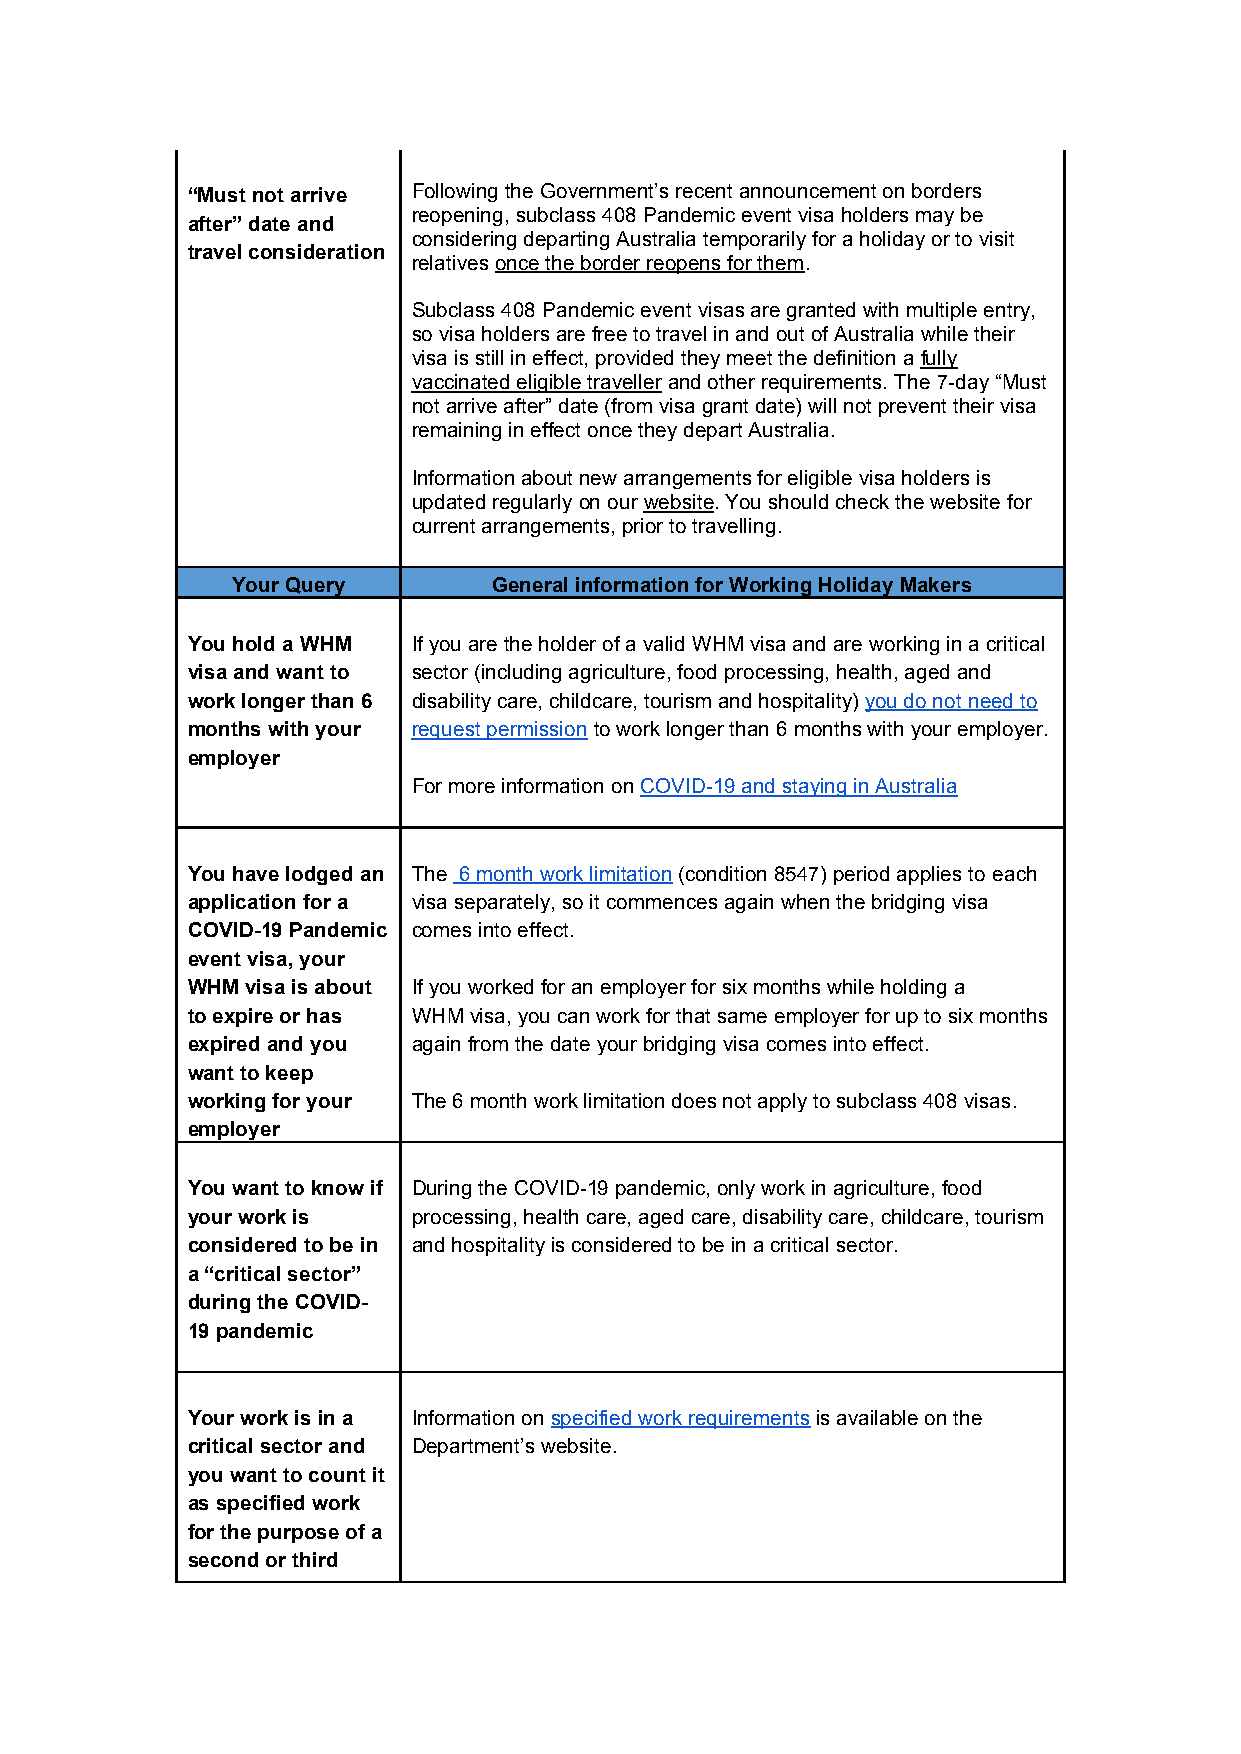
“Must not arrive Following the Government’s recent announcement on borders
 reopening, subclass 408 Pandemic event visa holders may be
 after” date and
 considering departing Australia temporarily for a holiday or to visit
 travel consideration
 relatives once the border reopens for them.
 Subclass 408 Pandemic event visas are granted with multiple entry,
 so visa holders are free to travel in and out of Australia while their
 visa is still in effect, provided they meet the definition a fully
 vaccinated eligible traveller and other requirements. The 7-day “Must
 not arrive after” date (from visa grant date) will not prevent their visa
 remaining in effect once they depart Australia.
 Information about new arrangements for eligible visa holders is
 updated regularly on our website. You should check the website for
 current arrangements, prior to travelling.
 Your Query        General information for Working Holiday Makers
 You hold a WHM If you are the holder of a valid WHM visa and are working in a critical
 visa and want to sector (including agriculture, food processing, health, aged and
 work longer than 6 disability care, childcare, tourism and hospitality) you do not need to
 months with your request permission to work longer than 6 months with your employer.
 employer
 For more information on COVID-19 and staying in Australia
 You have lodged an The 6 month work limitation (condition 8547) period applies to each
 application for a visa separately, so it commences again when the bridging visa
 COVID-19 Pandemic comes into effect.
 event visa, your
 WHM visa is about If you worked for an employer for six months while holding a
 to expire or has WHM visa, you can work for that same employer for up to six months
 expired and you again from the date your bridging visa comes into effect.
 want to keep
 working for your The 6 month work limitation does not apply to subclass 408 visas.
 employer
 You want to know if During the COVID-19 pandemic, only work in agriculture, food
 your work is   processing, health care, aged care, disability care, childcare, tourism
 considered to be in and hospitality is considered to be in a critical sector.
 a “critical sector”
 during the COVID-
 19 pandemic
 Your work is in a Information on specified work requirements is available on the
 critical sector and Department’s website.
 you want to count it
 as specified work
 for the purpose of a
 second or third
 WHM visa
 application